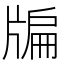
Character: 牑